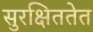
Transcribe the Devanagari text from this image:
सुरक्षिततेत